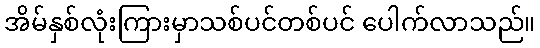
အိမ်နှစ်လုံးကြားမှာသစ်ပင်တစ်ပင် ပေါက်လာသည်။